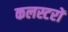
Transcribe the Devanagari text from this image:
कलस्टरों